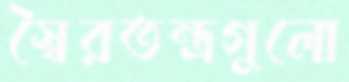
স্বৈরতন্ত্রগুলো